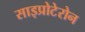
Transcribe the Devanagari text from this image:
साइप्रोटेरोन